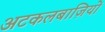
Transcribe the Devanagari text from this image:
अटकलबाज़ियों